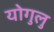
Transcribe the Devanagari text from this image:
योगुलु